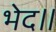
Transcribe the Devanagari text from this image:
भेद॥